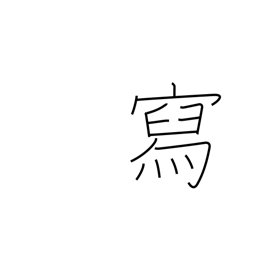
Meaning: describe